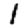
Digit: 1